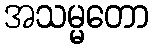
အသမ္မတော